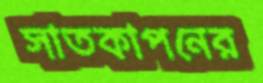
সাতকাপনের